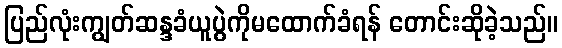
ပြည်လုံးကျွတ်ဆန္ဒခံယူပွဲကိုမထောက်ခံရန် တောင်းဆိုခဲ့သည်။